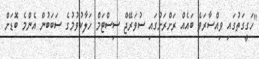
"ހަގީގަތުގައި ވިއްސާރަވެ ބައެއް ރަށްރަށުގައި ސުވަރޭޖް ސިސްޓަމް ހަލާކުވުމުގެ ސަބަބުން އެންމެ ބޮޑަށް